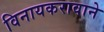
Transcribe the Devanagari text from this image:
विनायकरावाने